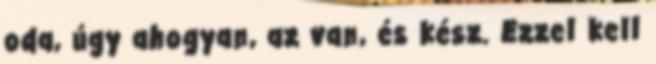
oda, úgy ahogyan, az van, és kész. Ezzel kell